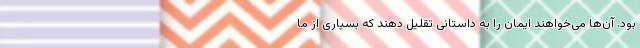
بود. آن‌ها می‌خواهند ایمان را به داستانی تقلیل دهند که بسیاری از ما